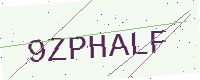
Text: 9ZPHALF